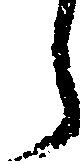
う